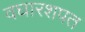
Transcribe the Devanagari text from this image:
वघारशपत